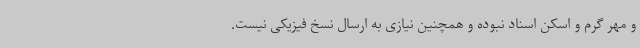
و مهر گرم و اسکن اسناد نبوده و همچنین نیازی به ارسال نسخ فیزیکی نیست.